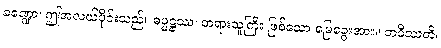
ခဏ္ဍော၊ ဤအလယ်ပိုင်းသည်။ ဓမ္မဋ္ဌဿ၊ တရားသူကြီး ဖြစ်သော မြေခွေးအား။ ဘဝိဿတိ၊